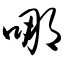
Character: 哪